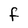
Character: f